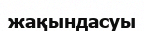
жақындасуы